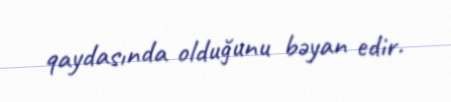
qaydasında olduğunu bəyan edir.